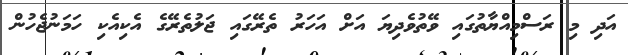
އަދި މި ރަސްމިއްޔާތުގައި ވޭތުވެދިޔަ އަށް އަހަރު ތެރޭގައި ޖަލުތެރޭގެ އެކިއެކި ހަމަނުޖެހުން